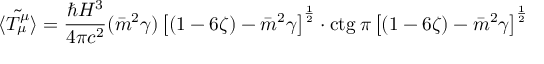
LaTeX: { \tilde { \langle T _ { \mu } ^ { \mu } \rangle } } = \frac { \hbar H ^ { 3 } } { 4 \pi c ^ { 2 } } ( \bar { m } ^ { 2 } \gamma ) \left\lbrack ( 1 - 6 \zeta ) - \bar { m } ^ { 2 } \gamma \right\rbrack ^ { \frac { 1 } { 2 } } \cdot \mathrm { c t g } \: \pi \left\lbrack ( 1 - 6 \zeta ) - \bar { m } ^ { 2 } \gamma \right\rbrack ^ { \frac { 1 } { 2 } }